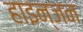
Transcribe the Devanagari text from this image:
हाइन्जन